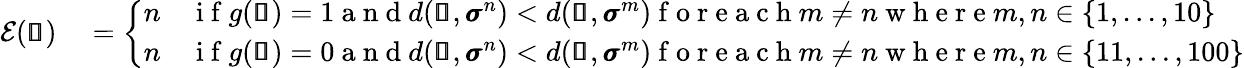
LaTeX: \begin{array}{rl}{\mathcal{E}(\pmb{\mathscr{s}})}&{{}=\left\{ \begin{array}{ll}{n}&{\mathrm{~i~f~}g(\pmb{\mathscr{s}})=1\mathrm{~a~n~d~}d(\pmb{\mathscr{s}},\pmb{\sigma}^{n})<d(\pmb{\mathscr{s}},\pmb{\sigma}^{m})\mathrm{~f~o~r~e~a~c~h~}m\neq n\mathrm{~w~h~e~r~e~}m,n\in\{ 1,...,10\} }\\ {n}&{\mathrm{~i~f~}g(\pmb{\mathscr{s}})=0\mathrm{~a~n~d~}d(\pmb{\mathscr{s}},\pmb{\sigma}^{n})<d(\pmb{\mathscr{s}},\pmb{\sigma}^{m})\mathrm{~f~o~r~e~a~c~h~}m\neq n\mathrm{~w~h~e~r~e~}m,n\in\{ 11,...,100\} }\end{array}\right.}\end{array}